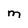
Character: M